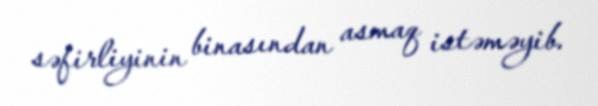
səfirliyinin binasından asmaq istəməyib.